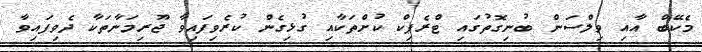
މެކޭބް އާއި ވިލްސަން ބުނިގޮތުގައި ޓްރެފިކް ކުށްތަކާއި ގުޅިގެން ކުރެވިފައިވާ ޖޫރިމަނާތަކާ ދެވިފައިވާ